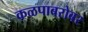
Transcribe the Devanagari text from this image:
कळपाबरोबर